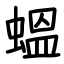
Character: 蝹